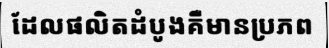
ដែលផលិតដំបូងគឺមានប្រភព